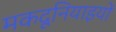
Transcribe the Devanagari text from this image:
मकदूनियाइयों